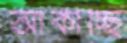
আঁকাচ্ছি